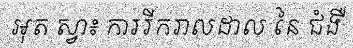
អុត ស្វា៖ ការរីករាលដាល នៃ ជំងឺ